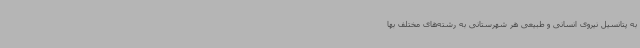
به پتانسیل نیروی انسانی و طبیعی هر شهرستانی به رشته‌های مختلف بها